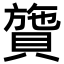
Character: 䞄